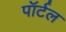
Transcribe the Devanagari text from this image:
पॉर्टल